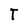
Character: T